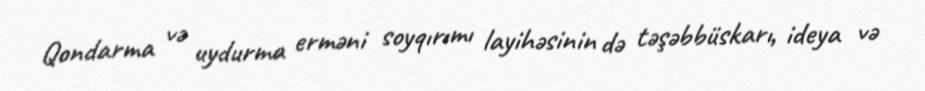
Qondarma və uydurma erməni soyqırımı layihəsinin də təşəbbüskarı‚ ideya və